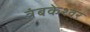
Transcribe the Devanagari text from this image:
त्रंबकेश्वर